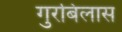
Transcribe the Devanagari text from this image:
गुरबिलास